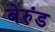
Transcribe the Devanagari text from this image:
बेरुंड